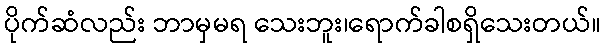
ပိုက်ဆံလည်း ဘာမှမရ သေးဘူး၊ရောက်ခါစရှိသေးတယ်။